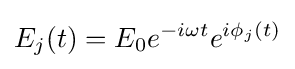
E_{j}(t)=E_{0}e^{-i\omega t}e^{i\phi _{j}(t)}